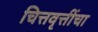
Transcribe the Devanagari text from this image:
चित्तवृत्तींचा